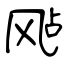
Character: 飐